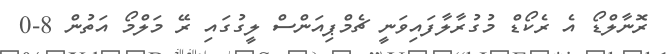
ރޮނާލްޑޯ އެ ރެކޯޑް މުގުރާލާފައިވަނީ ޗެމްޕިއަންސް ލީގުގައި ރޭ މަލްމޯ އަތުން 8-0